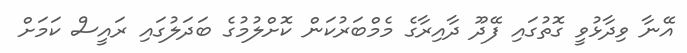
އޭނާ ވިދާޅުވީ ގޮތުގައި ފޭދޫ ދާއިރާގެ މެމްބަރުކަން ކޮށްލުމުގެ ބަދަލުގައި ރައީސް ކަމަށް